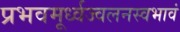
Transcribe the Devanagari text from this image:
प्रभवमूर्ध्वज्वलनस्वभावं